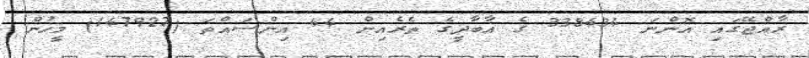
ރާއްޖޭގައި އޮންނަ 338434 ގެ އާބާދީގެ ތެރެއިން 44 އިންސައްތަ (147927) މީހުން